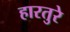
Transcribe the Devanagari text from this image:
हारतुरे